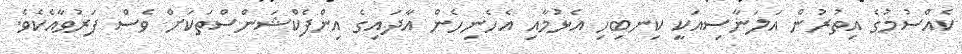
ކެއްސުމުގެ އިތުރުން އަލަނާސިއަކީ ކިނބިހި އެޅުމާއި އެހެނިހެން އާދައިގެ އިންފެކްޝަންސްތަކަށް ވެސް ފަރުވާއެކެވެ.